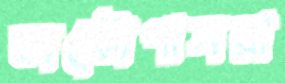
অক্টোপাসরা